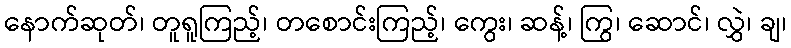
နောက်ဆုတ်၊ တူရူကြည့်၊ တစောင်းကြည့်၊ ကွေး၊ ဆန့်၊ ကြွ၊ ဆောင်၊ လွှဲ၊ ချ၊